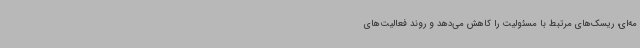
مه‌ای، ریسک‌های مرتبط با مسئولیت را کاهش می‌دهد و روند فعالیت‌های